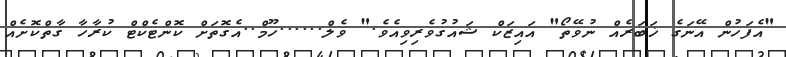
"އެފަހުން އޭނަގެ ޚަބަރެއް ނުވޭތޯ" އައިޒަކް ޝައުގުވެރިވިއެވެ." ވެލް......ހޫމް..އެގޮތަށް ކޮންޓެކްޓް ކުރާހާ ގާތްކޮށެއް